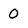
Character: 0